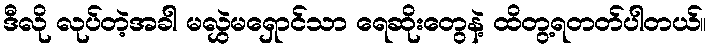
ဒီလို လုပ်တဲ့အခါ မလွှဲမရှောင်သာ ရေဆိုးတွေနဲ့ ထိတွ့ရတတ်ပါတယ်။